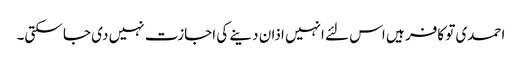
احمدی تو کافر ہیں اس لئے انہیں اذان دینے کی اجازت نہیں دی جا سکتی۔